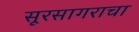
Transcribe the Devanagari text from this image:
सूरसागराचा